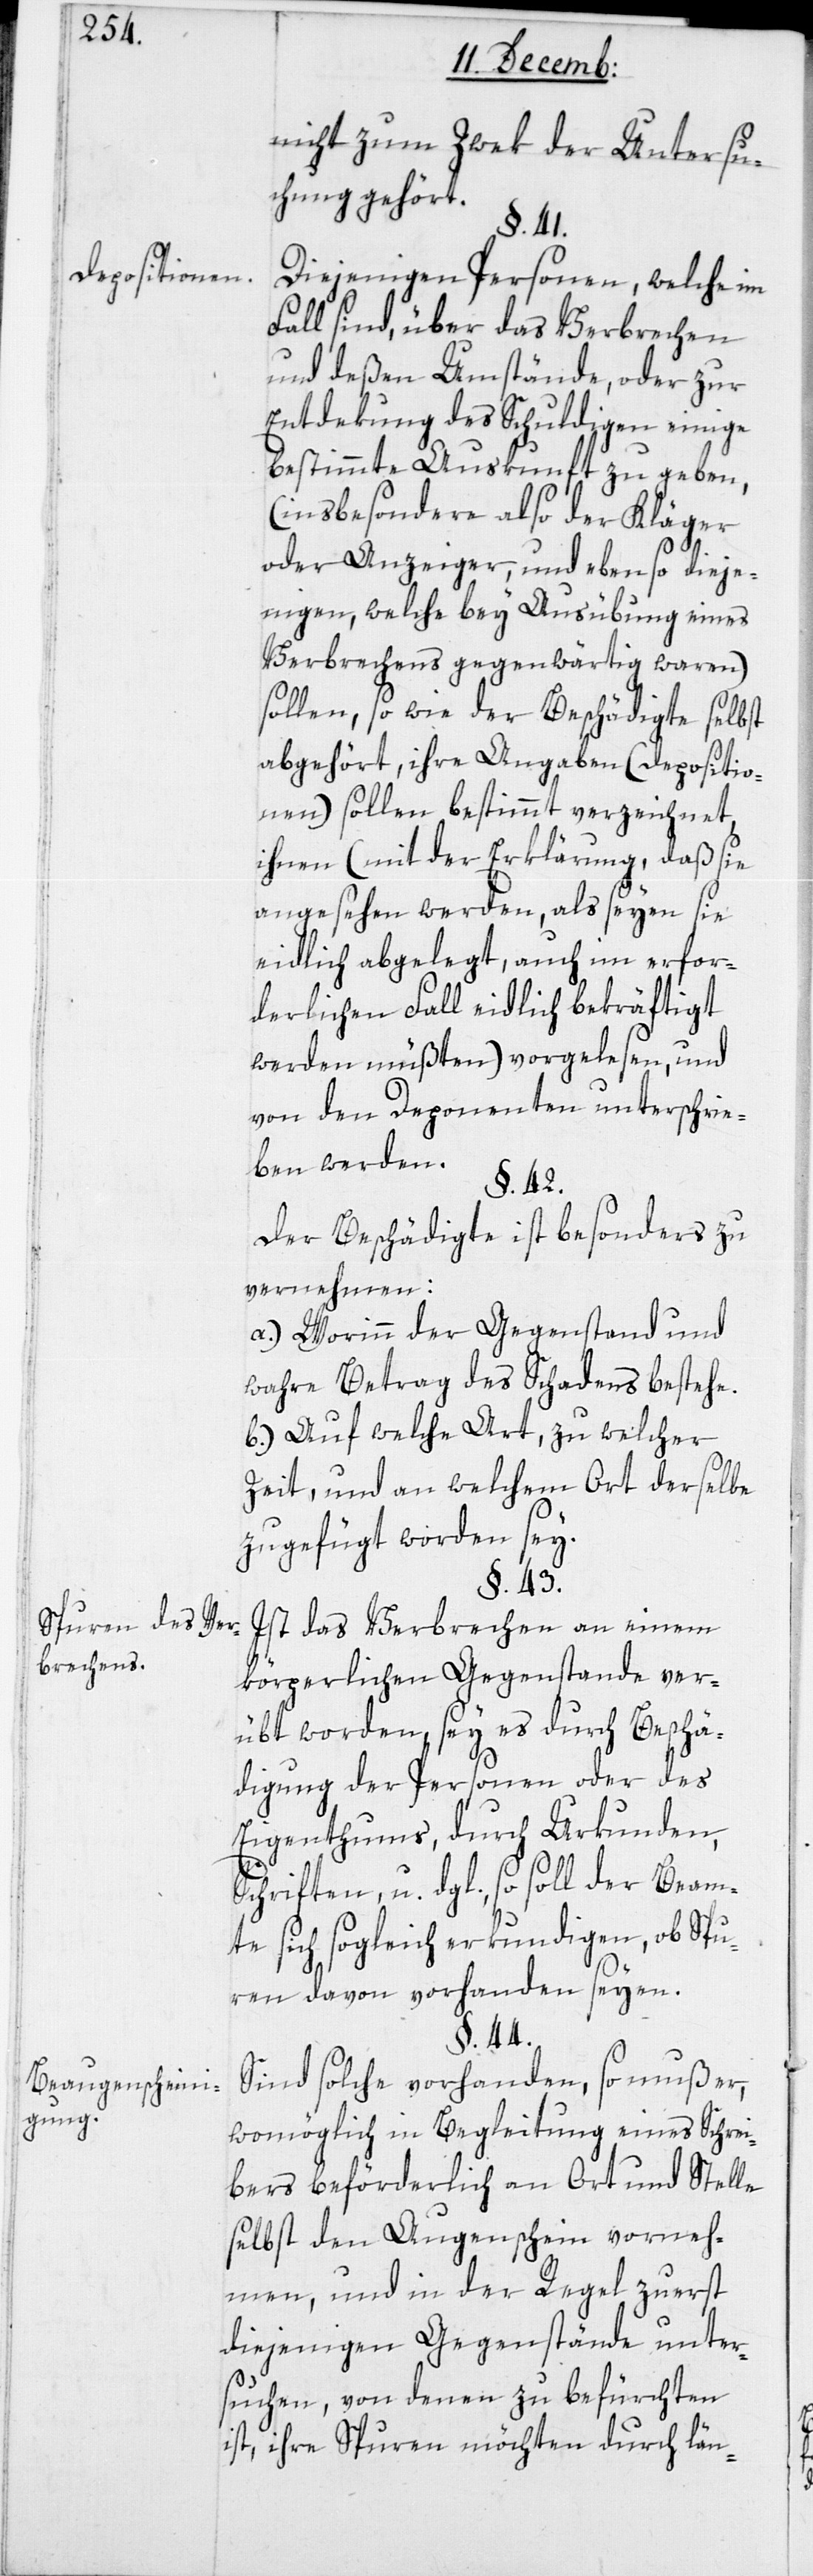
Depositionen.
Spuren des Ver¬
brechens.
Beaugenscheini¬
gung.

nicht zum Zwek der Untersu¬
chung gehört.
§. 41.
Diejenigen Personen, welche im
Fall sind, über das Verbrechen
und deßen Umstände, oder zur
Entdekung des Schuldigen einige
bestimmte Auskunft zu geben,
(insbesondere also der Kläger
oder Anzeiger, und ebenso dieje¬
nigen, welche bey Ausübung eines
Verbrechens gegenwärtig waren)
sollen, so wie der Beschädigte selbst
abgehört, ihre Angaben (Depositio¬
nen) sollen bestimmt verzeichnet,
ihnen (mit der Erklärung, daß sie
angesehen werden, als seyen sie
eidlich abgelegt, auch im erfor¬
derlichen Fall eidlich bekräftigt
werden müßten) vorgelesen, und
von den Deponenten unterschrie¬
ben werden.
§. 42.
Der Beschädigte ist besonders zu
vernehmen:
a.) Worinn der Gegenstand und
wahre Betrag des Schadens bestehe.
b.) Auf welche Art, zu welcher
Zeit und an welchem Ort derselbe
zugefügt worden sey.
§. 43.
Ist das Verbrechen an einem
körperlichen Gegenstande ver¬
übt worden, sey es durch Beschä¬
digung der Personen oder des
Eigenthums, durch Urkunden,
Schriften u. dgl., so soll der Beam¬
te sich sogleich erkundigen, ob Spu¬
ren davon vorhanden seyen.
§. 44.
Sind solche vorhanden, so muß er,
womöglich in Begleitung eines Schrei¬
bers beförderlich an Ort und Stelle
selbst den Augenschein vorneh¬
men, und in der Regel zuerst
diejenigen Gegenstände unter¬
suchen, von denen zu befürchten
ist, ihre Spuren möchten durch län-